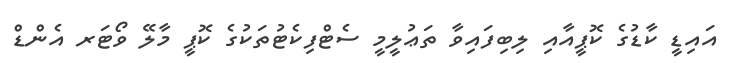
އައިޑީ ކާޑުގެ ކޮޕީއާއި ލިބިފައިވާ ތަޢުލީމީ ސެޓްފިކެޓުތަކުގެ ކޮޕީ މާލޭ ވޯޓަރ އެންޑް